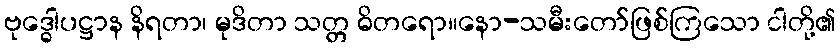
ဗုဒ္ဓေါပဋ္ဌာန နိရတာ၊ မုဒိတာ သတ္တ ဓိတရော။နော-သမီးတော်ဖြစ်ကြသော ငါတို့၏